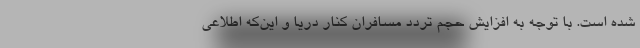
شده است. با توجه به افزایش حجم تردد مسافران کنار دریا و این‌که اطلاعی